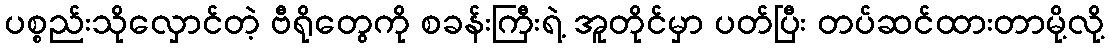
ပစ္စည်းသိုလှောင်တဲ့ ဗီရိုတွေကို စခန်းကြီးရဲ့ အူတိုင်မှာ ပတ်ပြီး တပ်ဆင်ထားတာမို့လို့